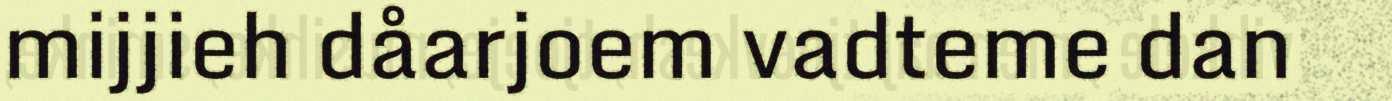
mijjieh dåarjoem vadteme dan